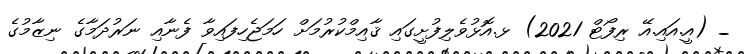
_ (އީ.އައި.އޭ ރިފޯޓް 2021) ޅ.އޮޅުވެލިފުށީގައި ޤާއިމްކުރުމަށް ހަމަޖެހިފައިވާ ފެނާއި ނަރުދަމާގެ ނިޒާމުގެ